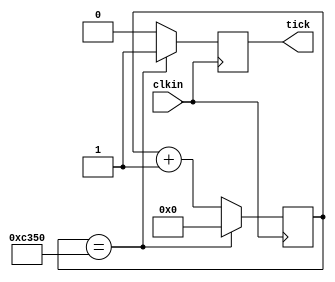
module clk_16_tick( //DIVIDE BY 50 000
	clkin,
	tick);

	parameter N_BIT = 16;
	
	input clkin;
	output tick;
	
	reg [N_BIT-1:0] count;
	reg tick;

	
	initial tick = 1'b0;
	initial count = 0;
	
	always @ (posedge clkin)
	begin
			if (count == 16'b1100001101010000) // 16'b1100001101010000 = 50,0000 IN DECIMAL
			begin 
				tick <= 1'b1;
				count <= 0; 
			end
			else
			begin
				count <= count + 1'b1;
				tick <= 1'b0;	
			end
	end
	
endmodule